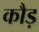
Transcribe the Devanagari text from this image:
कौड़